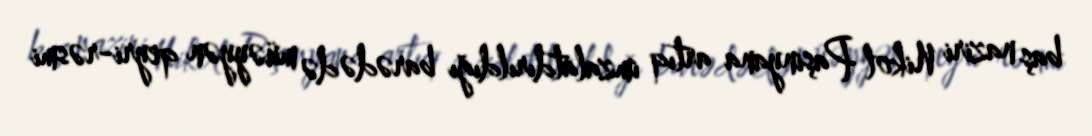
baş naziri Nikol Paşinyana artıq imzalatdırıldığı barədə də müəyyən qeyri-rəsmi